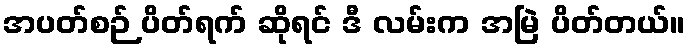
အပတ်စဉ် ပိတ်ရက် ဆိုရင် ဒီ လမ်းက အမြဲ ပိတ်တယ်။